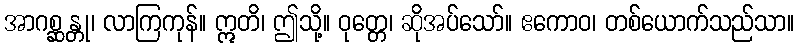
အာဂစ္ဆန္တု၊ လာကြကုန်။ ဣတိ၊ ဤသို့။ ဝုတ္တေ၊ ဆိုအပ်သော်။ ဧကောဝ၊ တစ်ယောက်သည်သာ။